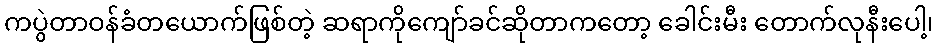
ကပွဲတာဝန်ခံတယောက်ဖြစ်တဲ့ ဆရာကိုကျော်ခင်ဆိုတာကတော့ ခေါင်းမီး တောက်လုနီးပေါ့၊